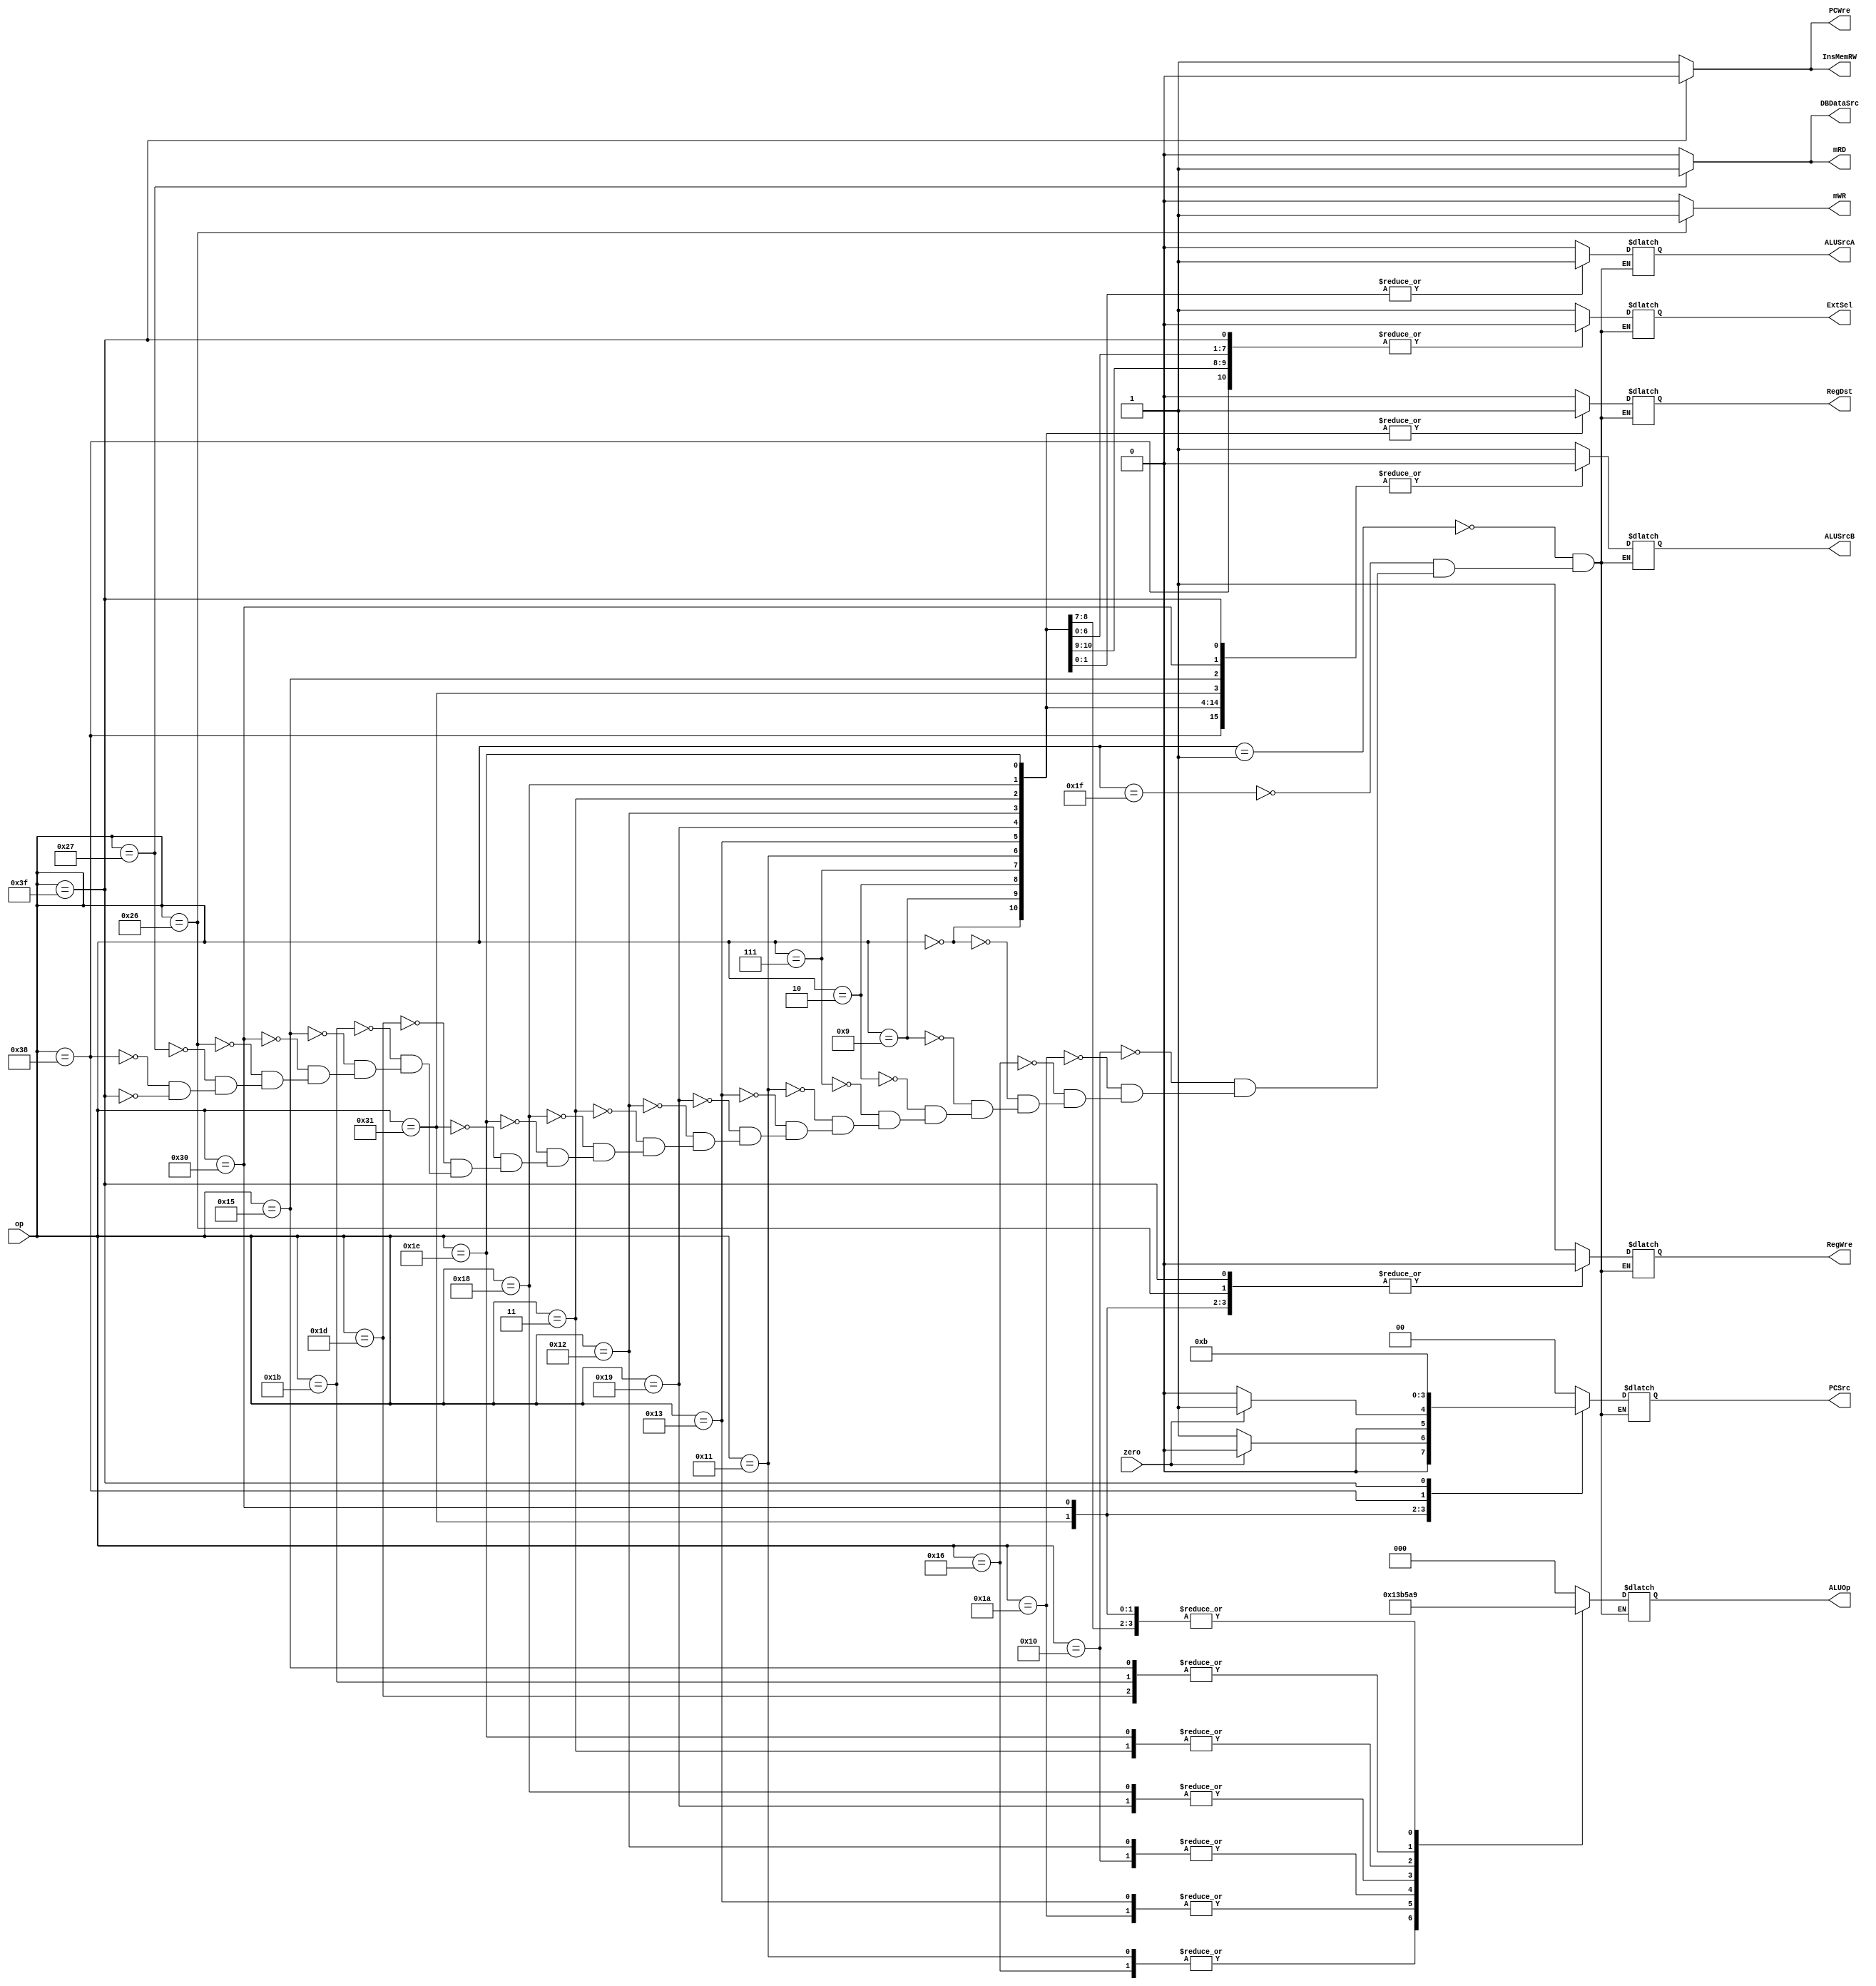
`timescale 1ns / 1ps
//////////////////////////////////////////////////////////////////////////////////
// Company: 
// Engineer: 
// 
// Design Name: 
// Module Name: ControlUnit
// Project Name: 
// Target Devices: 
// Tool Versions: 
// Description: 
// 
// Dependencies: 
// 
// Revision:
// Revision 0.01 - File Created
// Additional Comments:
// 
//////////////////////////////////////////////////////////////////////////////////

//Control Unit
module ControlUnit(
        input zero,         //ALU001
        input [5:0] op,     //
        output reg PCWre,       //PC0
        output reg ExtSel,      //00
        output reg InsMemRW,    //0
        output reg RegDst,      //0rt1rd
        output reg RegWre,      //1
        output reg ALUSrcA,     //ALUA0data11sa
        output reg ALUSrcB,     //ALUB0data21
        output reg [1:0]PCSrc,  //pc
        output reg [2:0]ALUOp,  //ALU 8(000-111)
        output reg mRD,         //0
        output reg mWR,         //0
        output reg DBDataSrc    //0ALU1Data MEM        
    );
    
    initial begin
        InsMemRW = 1;
        PCWre = 1;
        mRD = 0;
        mWR = 0;
        DBDataSrc = 0;
    end
    
    always@(op or zero) 
    begin
        PCWre = (op == 6'b111111) ? 0 : 1;   //halt
        InsMemRW = (op == 6'b111111) ? 0 : 1;    
        mWR = (op == 6'b100110) ? 1 : 0;     //sw
        mRD = (op == 6'b100111) ? 1 : 0;     //lw
        DBDataSrc = (op == 6'b100111) ? 1 : 0;
        
        case(op)
            //addi
            6'b000001:
                begin
                    ExtSel = 1;
                    RegDst = 0;
                    RegWre = 1;
                    ALUSrcA = 0;
                    ALUSrcB = 1;
                    PCSrc = 2'b00;
                    ALUOp = 3'b000;
                end
                //addiu
                            6'b011111:
                                begin
                                    ExtSel = 1;
                                    RegDst = 0;
                                    RegWre = 1;
                                    ALUSrcA = 0;
                                    ALUSrcB = 1;
                                    PCSrc = 2'b00;
                                    ALUOp = 3'b000;
                                end
            //ori
            6'b010000:
                begin
                    ExtSel = 1;
                    RegDst = 0;
                    RegWre = 1;
                    ALUSrcA = 0;
                    ALUSrcB = 1;
                    PCSrc = 2'b00;
                    ALUOp = 3'b011;
                end
                //xori
                            6'b011010:
                                begin
                                    ExtSel = 1;
                                    RegDst = 0;
                                    RegWre = 1;
                                    ALUSrcA = 0;
                                    ALUSrcB = 1;
                                    PCSrc = 2'b00;
                                    ALUOp = 3'b111;
                                end
              //andi
                          6'b010110:
                         begin
                         ExtSel = 1;
                         RegDst = 0;
                         RegWre = 1;
                         ALUSrcA = 0;
                         ALUSrcB = 1;
                         PCSrc = 2'b00;
                         ALUOp = 3'b100;
    end
            //add
            6'b000000:
                begin
                    ExtSel = 0;
                    RegDst = 1;
                    RegWre = 1;
                    ALUSrcA = 0;
                    ALUSrcB = 0;
                    PCSrc = 2'b00;
                    ALUOp = 3'b000;
                end
                 //addu
                 6'b001001:
                 begin
                 ExtSel = 0;
                 RegDst = 1;
                 RegWre = 1;
                 ALUSrcA = 0;
                 ALUSrcB = 0;
                 PCSrc = 2'b00;
                 ALUOp = 3'b000;
               end
            //sub
            6'b000010:
                begin
                    ExtSel = 1;
                    RegDst = 1;
                    RegWre = 1;
                    ALUSrcA = 0;
                    ALUSrcB = 0;
                    PCSrc = 2'b00;
                    ALUOp = 3'b001;
                end
                //subu
                6'b000111:
                begin
                ExtSel = 1;
                RegDst = 1;
                RegWre = 1;
                ALUSrcA = 0;
                ALUSrcB = 0;
                PCSrc = 2'b00;
                ALUOp = 3'b001;
          end
            //and
            6'b010001:
                begin
                    ExtSel = 0;
                    RegDst = 1;
                    RegWre = 1;
                    ALUSrcA = 0;
                    ALUSrcB = 0;
                    PCSrc = 2'b00;
                    ALUOp = 3'b100;
                end
             //xor
             6'b010011:
                             begin
                                 ExtSel = 0;
                                 RegDst = 1;
                                 RegWre = 1;
                                 ALUSrcA = 0;
                                 ALUSrcB = 0;
                                 PCSrc = 2'b00;
                                 ALUOp = 3'b111;
                             end
           //sllv
            6'b011001:
            begin
                          ExtSel = 0;
                          RegDst = 1;
                          RegWre = 1;
                          ALUSrcA = 0;
                          ALUSrcB = 0;
                          PCSrc = 2'b00;
                          ALUOp = 3'b010;
            end
            //or
            6'b010010:
                begin
                    ExtSel = 0;
                    RegDst = 1;
                    RegWre = 1;
                    ALUSrcA = 0;
                    ALUSrcB = 0;
                    PCSrc = 2'b00;
                    ALUOp = 3'b011;
                end
                //srlv
                    6'b000011:
                                begin
                                    ExtSel = 0;
                                    RegDst = 1;
                                    RegWre = 1;
                                    ALUSrcA = 0;
                                    ALUSrcB = 0;
                                    PCSrc = 2'b00;
                                    ALUOp = 3'b110;
                                end
               //sll
               6'b011000:
                    begin
                    ExtSel = 0;
                    RegDst = 1;
                    RegWre = 1;
                    ALUSrcA = 1;
                    ALUSrcB = 0;
                    PCSrc = 2'b00;
                    ALUOp = 3'b010;
           end
            //srl
            6'b011110:
                begin
                    ExtSel = 0;
                    RegDst = 1;
                    RegWre = 1;
                    ALUSrcA = 1;
                    ALUSrcB = 0;
                    PCSrc = 2'b00;
                    ALUOp = 3'b110;
                end
            //bne
            6'b110001:
                begin
                    ExtSel = 1;
                    RegDst = 0;
                    RegWre = 0;
                    ALUSrcA = 0;
                    ALUSrcB = 0;
                    PCSrc = zero ? 2'b00 : 2'b01;
                    ALUOp = 3'b001;
                end
                //sltiu
                            6'b011101:
                                begin
                                    ExtSel = 1;
                                    RegDst = 0;
                                    RegWre = 1;
                                    ALUSrcA = 0;
                                    ALUSrcB = 1;
                                    PCSrc = 2'b00;
                                    ALUOp = 3'b101;
                                end
            //slti
            6'b011011:
                begin
                    ExtSel = 1;
                    RegDst = 0;
                    RegWre = 1;
                    ALUSrcA = 0;
                    ALUSrcB = 1;
                    PCSrc = 2'b00;
                    ALUOp = 3'b101;
                end
                 //slt
                           6'b010101:
                               begin
                                   ExtSel = 1;
                                   RegDst = 0;
                                   RegWre = 1;
                                   ALUSrcA = 0;
                                   ALUSrcB = 0;
                                   PCSrc = 2'b00;
                                   ALUOp = 3'b101;
                               end
            //beq
            6'b110000:
                begin
                    ExtSel = 1;
                    RegDst = 0;
                    RegWre = 0;
                    ALUSrcA = 0;
                    ALUSrcB = 0;
                    PCSrc = zero ? 2'b01 : 2'b00;
                    ALUOp = 3'b001;
                end
            //sw
            6'b100110:
                begin
                    ExtSel = 1;
                    RegDst = 0;
                    RegWre = 0;
                    ALUSrcA = 0;
                    ALUSrcB = 1;
                    PCSrc = 2'b00;
                    ALUOp = 3'b000;
                end
            //lw
            6'b100111:
                begin
                    ExtSel = 1;
                    RegDst = 0;
                    RegWre = 1;
                    ALUSrcA = 0;
                    ALUSrcB = 1;
                    PCSrc = 2'b00;
                    ALUOp = 3'b000;
                end
            //j
            6'b111000:
                begin
                    ExtSel = 0;
                    RegDst = 0;
                    RegWre = 0;
                    ALUSrcA = 0;
                    ALUSrcB = 0;
                    PCSrc = 2'b10;
                    ALUOp = 3'b000;
                end
            //halt
            6'b111111:
                begin
                    ExtSel = 0;
                    RegDst = 0;
                    RegWre = 0;
                    ALUSrcA = 0;
                    ALUSrcB = 0;
                    PCSrc = 2'b11;
                    ALUOp = 3'b000;
                end
        endcase
    end
endmodule